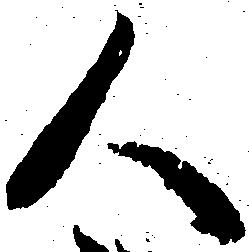
人